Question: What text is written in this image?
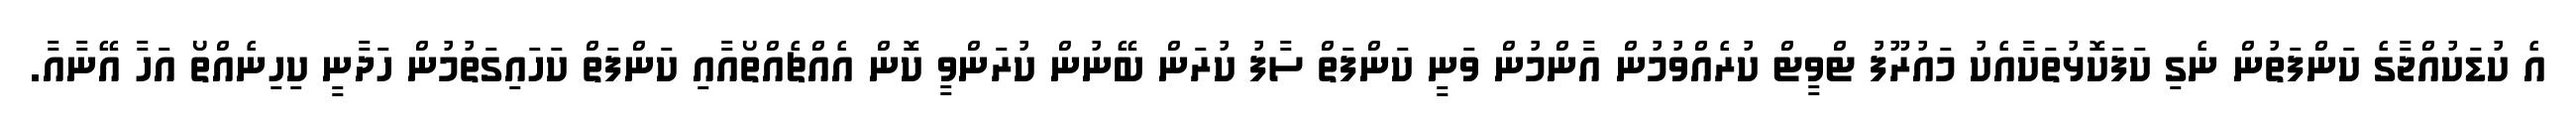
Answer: އެ ކުޑަކުއްޖާގެ ކަންފަތުން ނެގި ކަފަކޮޅުތަކާއެކު މައުރޫފު ޓްވީޓް ކުރެއްވުމުން އާންމުން ވަނީ ކަންފަތް ސާފު ކުރަން ބޭނުން ކުރަންވީ ކޮން އެއްޗެއްތޯއާއި ކަންފަތް ކަހައިގަތުމުން ހަދާނީ ކިހިނެއްތޯ އަހާ އޭނާއާ.